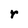
Character: r